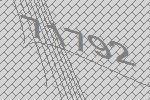
71792